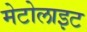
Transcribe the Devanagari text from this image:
मेटोलाइट